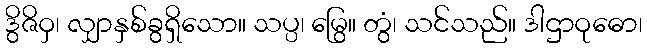
ဒွိဇိဝှ၊ လျှာနှစ်ခွရှိသော။ သပ္ပ၊ မြွေ။ တွံ၊ သင်သည်။ ဒါဌာဝုဓော၊